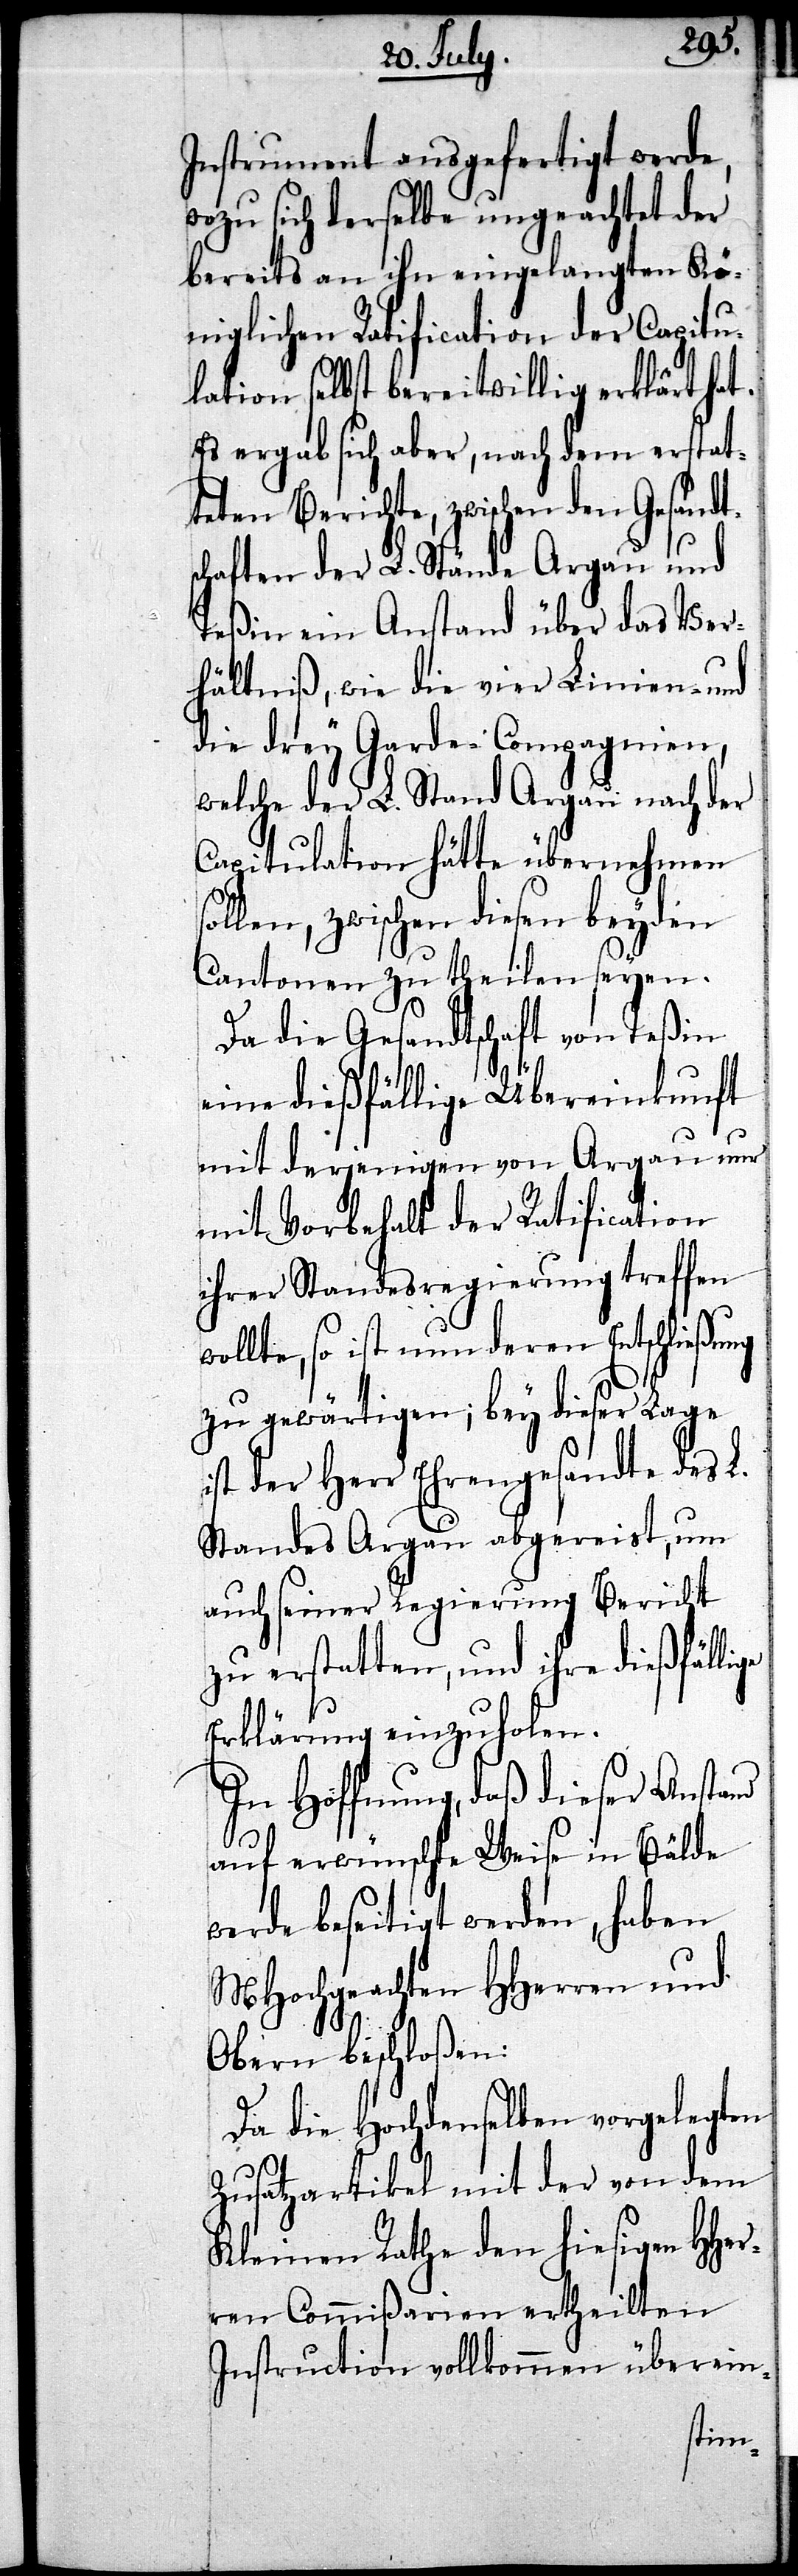
ge
Instrument ausgefertigt werde,
wozu sich derselbe ungeachtet der
bereits an ihn eingelangten Kö¬
niglichen Ratification der Capitu¬
lation selbst bereitwillig erklärt hat.
Es ergab sich aber, nachdem erstatt¬
eten Berichte, zwischen den Gesan¬
chaften der L. Stände Argau und
Teßin ein Anstand über das Ver¬
hältniß, wie die vier Linien- und
die drey Garde-Compagnien,
welche der L. Stand Argau nach der
Capitulation hätte übernehmen
len, zwischen diesen beyden
Cantonen zu theilen seyen.
Da die Gesandtschaft von Teßin
eine dießfällige Übereinkunft
mit derjenigen von Argau nur
mit Vorbehalt der Ratification
ihrer Standesregierung treffen
wollte, so ist nun deren Entschließung
zu gewärtigen; bey dieser Lage
ist der Herr Ehrengesandte des L.
Standes Argau abgereist, um
auch seiner Regierung Bericht
zu erstatten, und ihre dießfälli¬
Erklärung einzuholen.
In Hoffnung, daß dieser Anstand
auf erwünschte Weise in Bälde
werde beseitigt werden, haben
MHochgeachten HHerren und
Obern beschloßen:
Da die Hochdenselben vorgelegten
Zusatzartikel mit der von dem
Kleinen Rathe den hiesigen HHer¬
ren Commißarien ertheilten
Instruction vollkommen überein-
sol¬